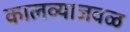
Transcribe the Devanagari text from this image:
कालव्याजवळ